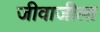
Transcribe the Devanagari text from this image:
जीवाजीला